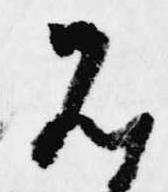
先